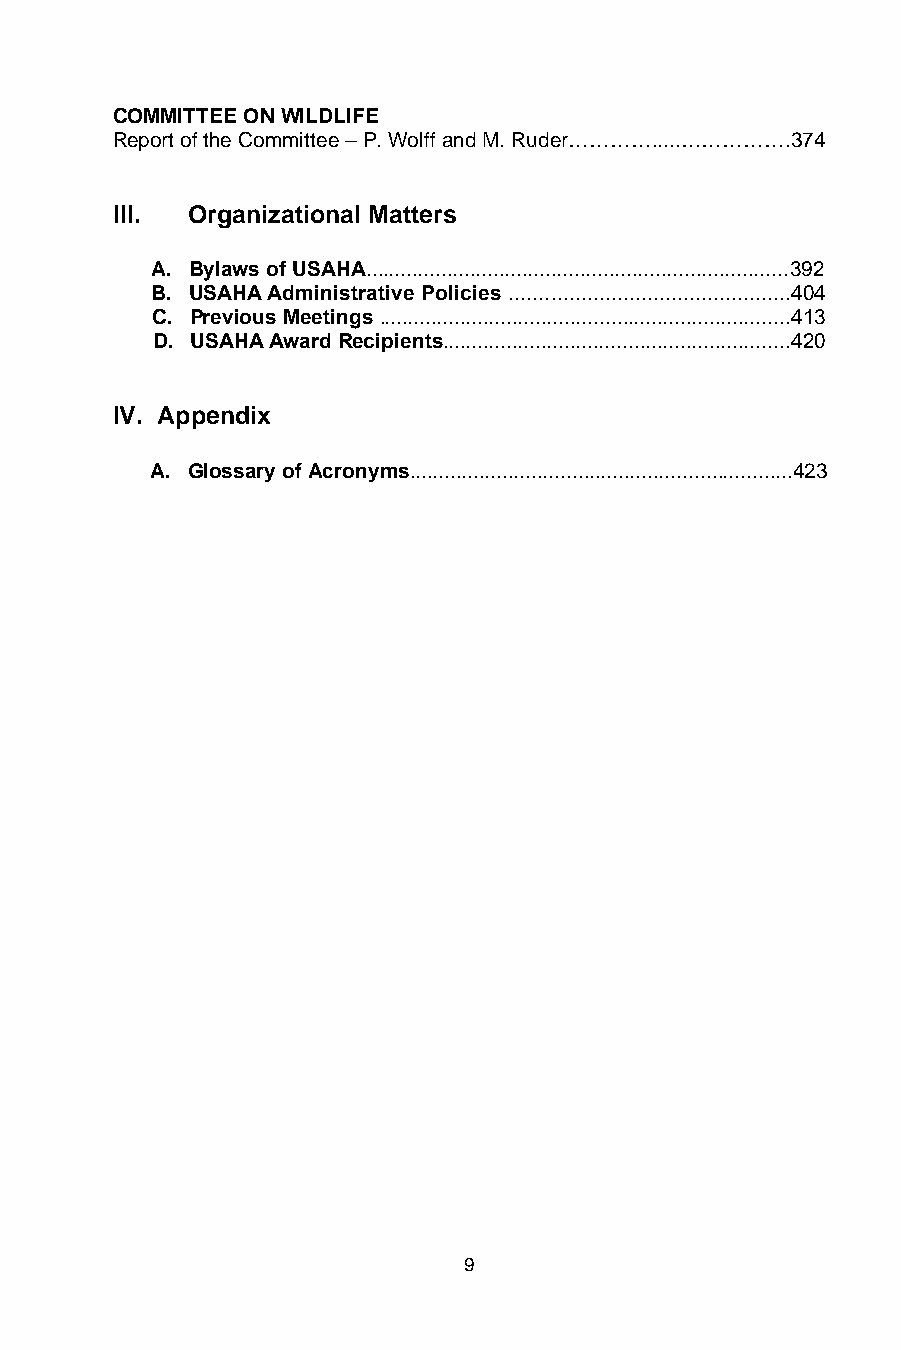
COMMITTEE ON WILDLIFE
 Report of the Committee – P. Wolff and M. Ruder………….....…………….374
 III. Organizational Matters
 A. Bylaws of USAHA.........................................................................392
 B. USAHA Administrative Policies ...............................................404
 C. Previous Meetings .......................................................................413
 D. USAHA Award Recipients............................................................420
 IV. Appendix
 A. Glossary of Acronyms..................................................................423
 9